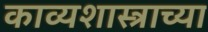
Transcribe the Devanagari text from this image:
काव्यशास्त्राच्या